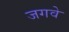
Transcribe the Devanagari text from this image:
जगवे